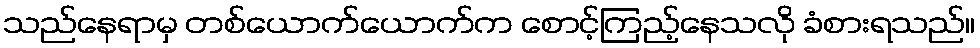
သည်နေရာမှ တစ်ယောက်ယောက်က စောင့်ကြည့်နေသလို ခံစားရသည်။